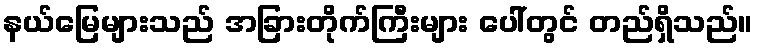
နယ်မြေများသည် အခြားတိုက်ကြီးများ ပေါ်တွင် တည်ရှိသည်။